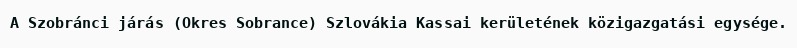
A Szobránci járás (Okres Sobrance) Szlovákia Kassai kerületének közigazgatási egysége.